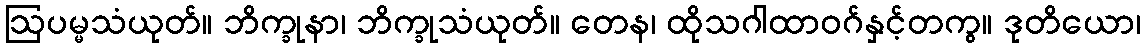
ဩပမ္မသံယုတ်။ ဘိက္ခုနာ၊ ဘိက္ခုသံယုတ်။ တေန၊ ထိုသဂါထာဝဂ်နှင့်တကွ။ ဒုတိယော၊